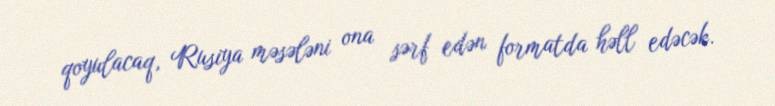
qoyulacaq, Rusiya məsələni ona sərf edən formatda həll edəcək.